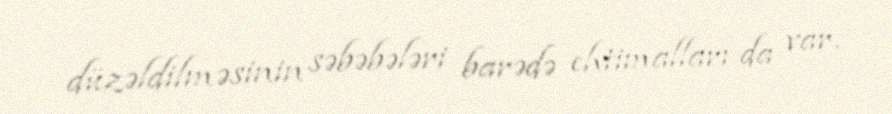
düzəldilməsinin səbəbələri barədə ehtimalları da var.